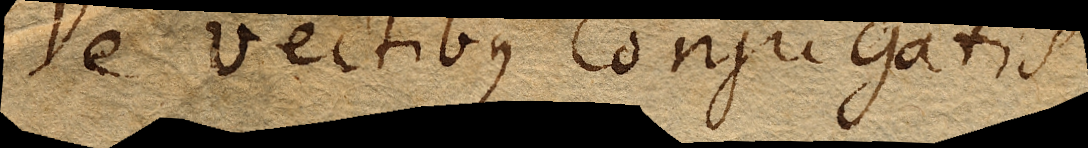
De vectibus conjugatis